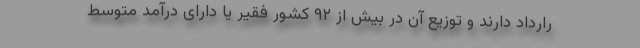
رارداد دارند و توزیع آن در بیش از ۹۲ کشور فقیر یا دارای درآمد متوسط